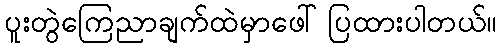
ပူးတွဲကြေညာချက်ထဲမှာဖေါ်ပြထားပါတယ်။